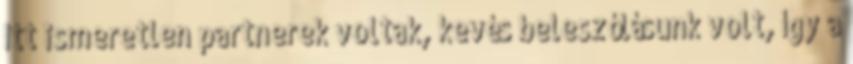
Itt ismeretlen partnerek voltak, kevés beleszólásunk volt, így a